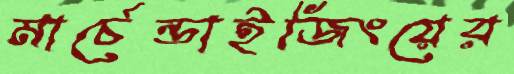
মার্চেন্ডাইজিংয়ের